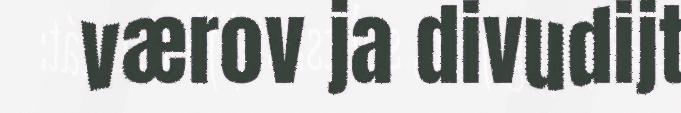
værov ja divudijt